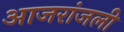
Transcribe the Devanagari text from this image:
आजरांजली